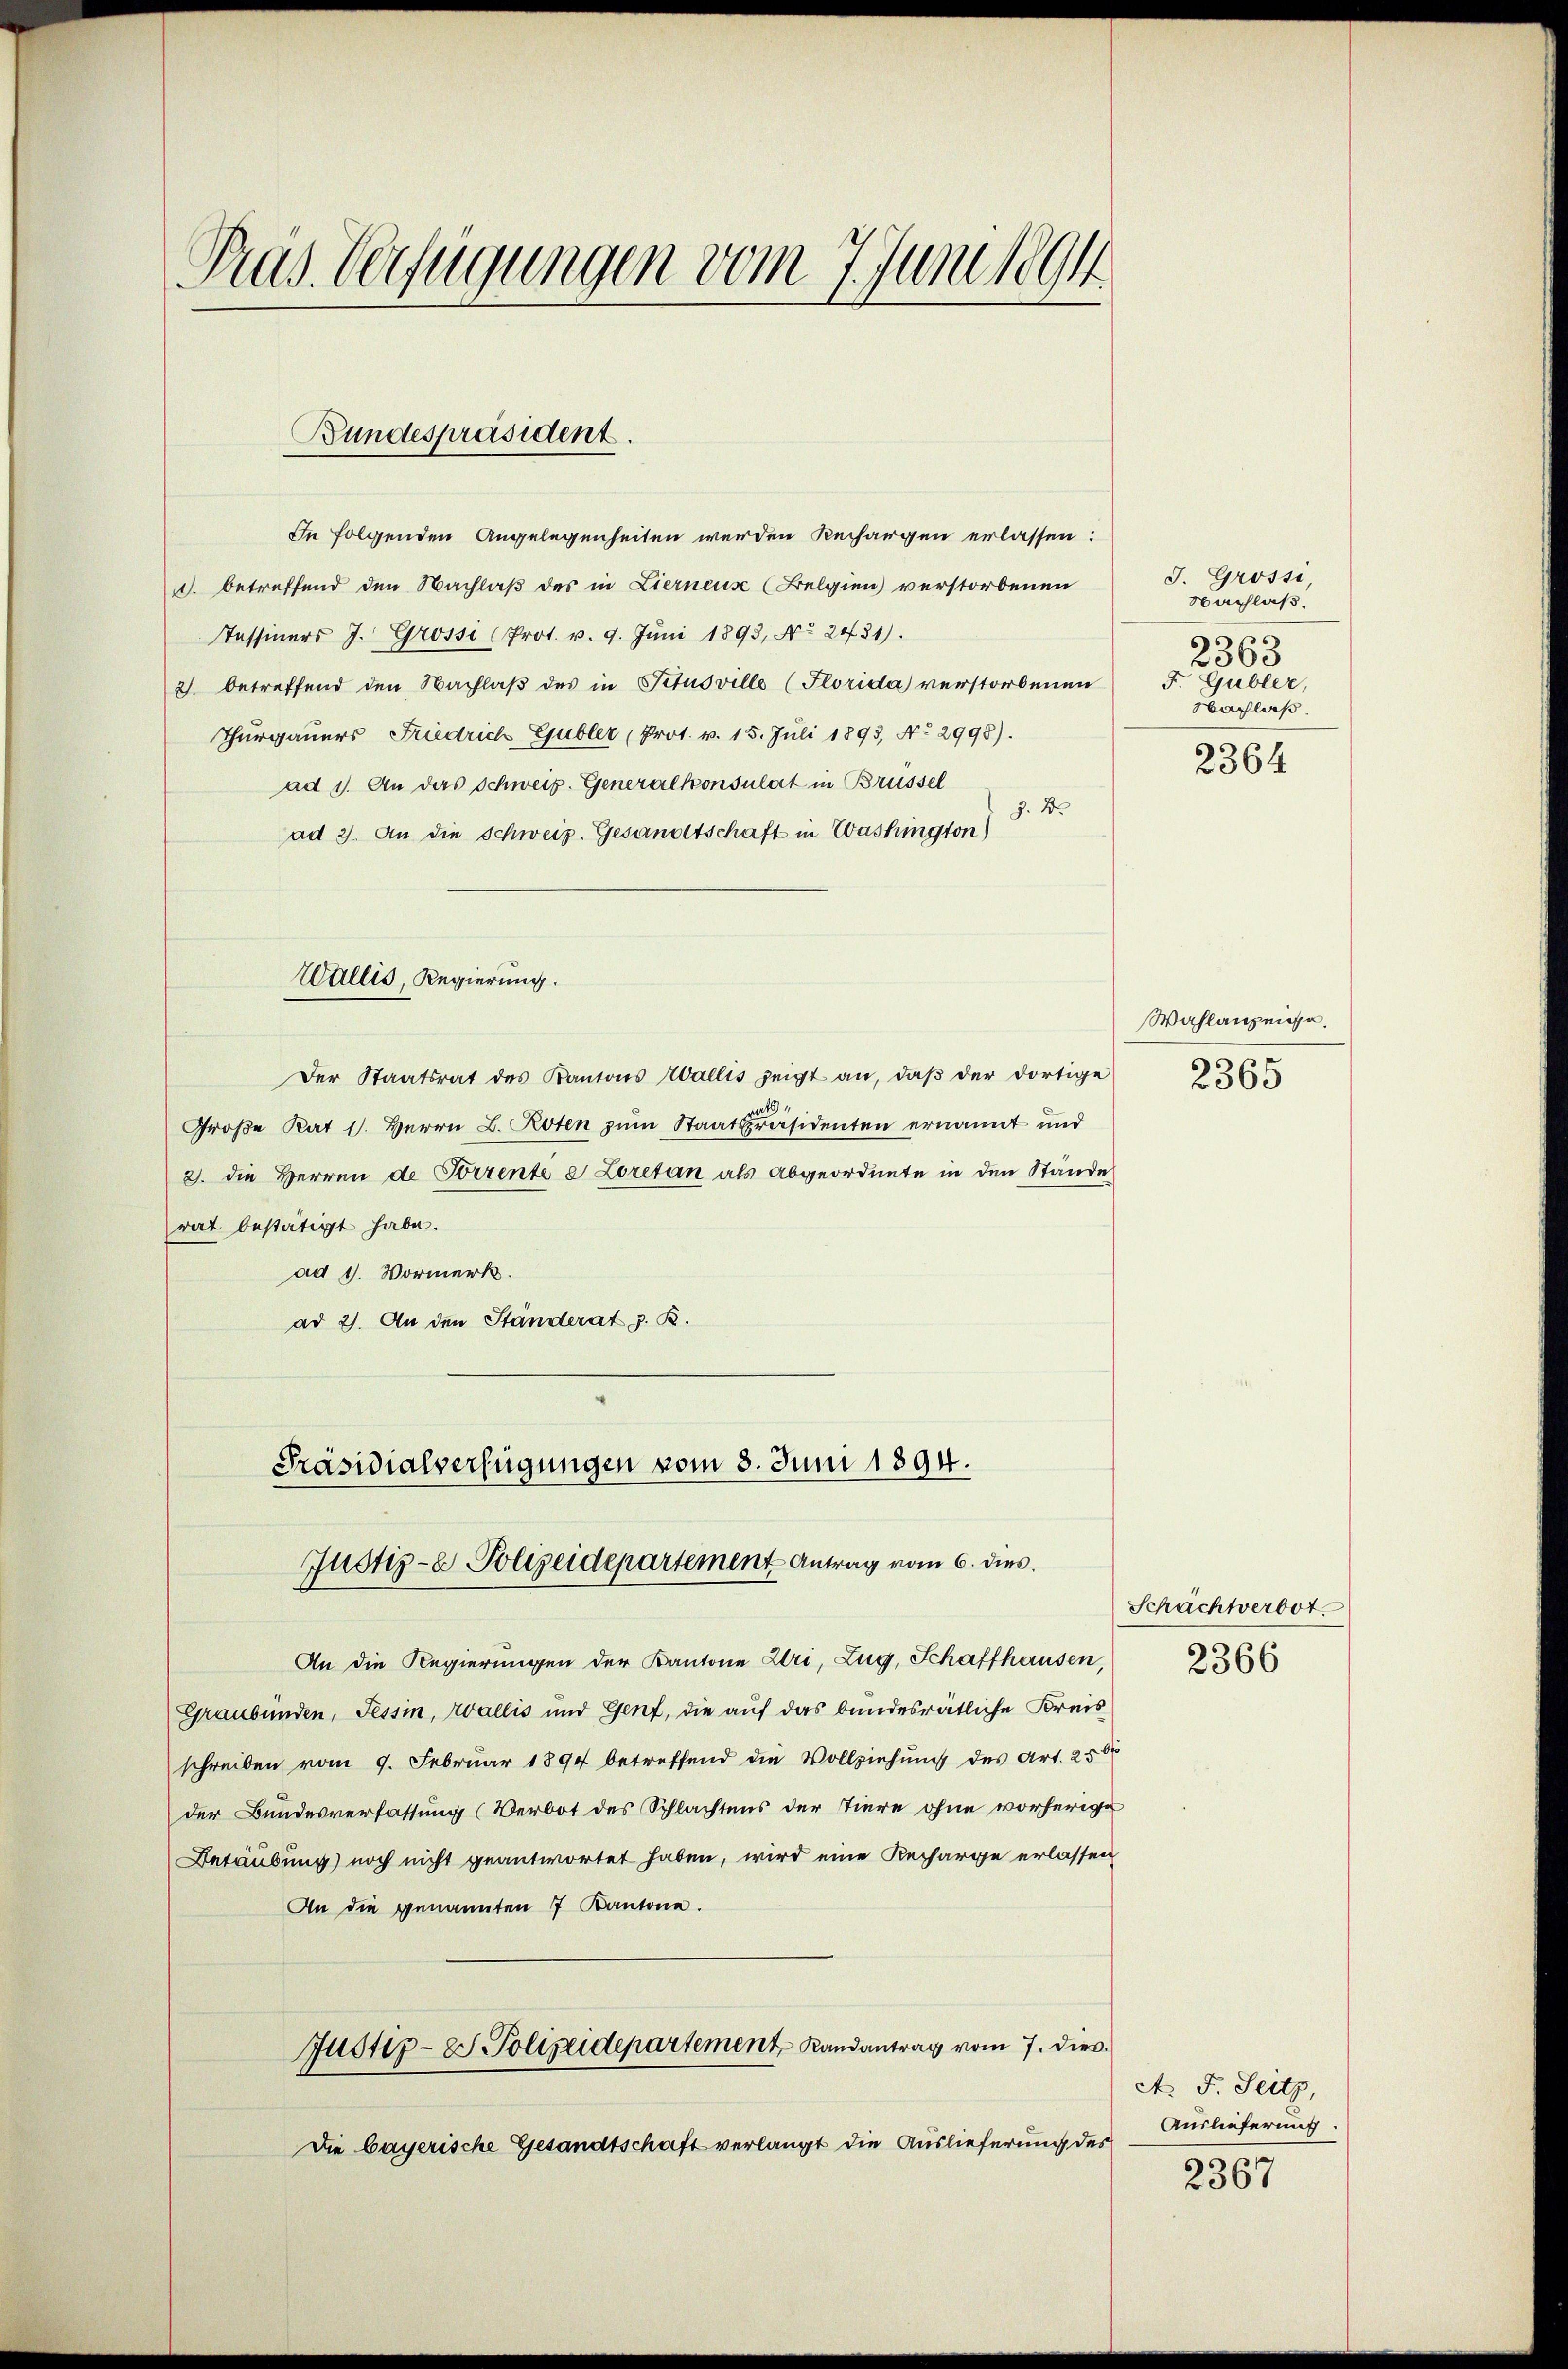
Pras Verfügungen vom 7. Juni 1891

In folgenden Angelegenheiten werden Rechargen erlassen:
. betreffend den Nachlaß des in Lierneus (Belgien) verstorbenen
Tessiners J. Grosse (Prot. v. 9. Jŭni 1893, No 2431).
2) betreffend den Nachlaβ des in Titusville (Florida verstorbenen
Thurgauers Friedrich Gubler (Prot. v. 15. Juli 1893, No 2998).
ad 1. An das Schweiz. Generalkonsulat in Brüssel
z. B.
ad 3. An die Schweiz. Gesandtschaft in Washington)
Der Staatsrat des Kantons Wallis zeigt an, daβ der dortige
Große Rat 11. Herrn L. Roten zum Staatspräsidenten ernannt und
3. die Herren de Forrente e Loretan als Abgeordnete in den Stande
rat bestätigt habe.
ad 1. Vormerk.
ad 2. An den Ständerat z. B.
Präsidialverfügungen vom 8. Juni 1894.
Justiz- & Polizeidepartement Antrag vom 6. dies
An die Regierungen der Kantone Uri, Zug, Schaffhausen,
Graubünden, Tessin, Wallis und Genf, die auf das bundesrätliche Kreisschreiben vom 9. Februar 1890 betreffend die Vollziehung des Art. 2500
der Bundesverfassung (Verbot des Schlachtens der Tiere ohne vorherige
Betäubung) noch nicht geantwortet haben, wird eine Recharge erlassen
An die genannten 7 Kantone.
Justiz- & Polizeidepartement Randantrag vom 7. dies
Die bayerische Gesandtschaft verlangt die Auslieferung des

Bundespräsident

Wallis Regierung.

J. Grossi,
Nachlaß
s
5
Gubler,
Sachlaß.
2364

2063

Wahlanzeige.
2365

Schachtverbot.
2366

A. F. Seitz,
Auslieferung.
2367